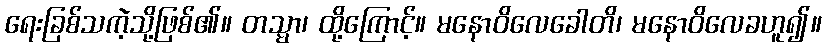
ရေးခြစ်သကဲ့သို့ဖြစ်၏။ တသ္မာ၊ ထို့ကြောင့်။ မနောဝိလေခေါတိ၊ မနောဝိလေခဟူ၍။